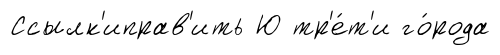
Ссылк'иправ'ить Ю тр'е́т'и го́рода